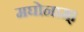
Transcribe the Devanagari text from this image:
मघोनाम्।